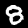
Label: 8